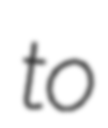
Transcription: to